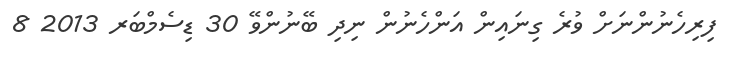
ފިރިހެނުންނަށް ވުރެ ގިނައިން އަންހެނުން ނިދި ބޭނުންވޭ 30 ޑިސެމްބަރ 2013 8